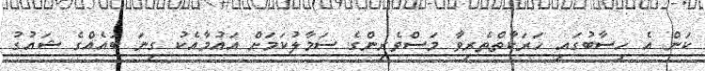
ކަން އެ ހިސާބުގައި ހަރަކާތްތެރިވާ މަސްވެރިންގެ ސަމާލުކަމަށް އައުމާއެކު ގިނަ ބައެއްގެ ޝައުގު